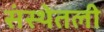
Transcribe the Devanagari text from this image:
संस्थेतली